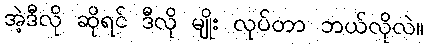
အဲ့ဒီလို ဆိုရင် ဒီလို မျိုး လုပ်တာ ဘယ်လိုလဲ။